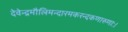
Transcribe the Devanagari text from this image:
देवेन्द्रमौलिमन्दारमकरन्दकणारुणाः।